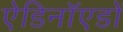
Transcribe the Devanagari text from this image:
ऐडिनॉएडों